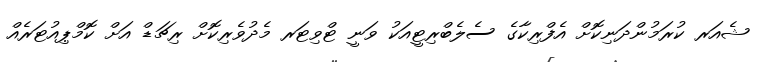
ޝެއަރ ކުރަމުންދަނިކޮށް އެފްރިކާގެ ސެލެބްރިޓީއަކު ވަނީ ޓްވިޓަރ މެދުވެރިކޮށް ރިޗަޑް އަށް ކޮމްޕިއުޓަރެއް